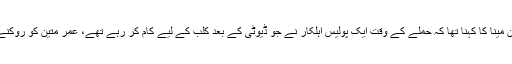
پولیس کے سربراہ جان مینا کا کہنا تھا کہ حملے کے وقت ایک پولیس اہلکار نے جو ڈیوٹی کے بعد کلب کے لیے کام کر رہے تھے، عمر متین کو روکنے کی کوشش کی تھی۔